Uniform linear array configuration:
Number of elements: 4
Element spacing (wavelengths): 0.5
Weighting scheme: blackman
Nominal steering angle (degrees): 30
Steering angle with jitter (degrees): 28.258
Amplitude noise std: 0.05
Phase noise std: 0.05

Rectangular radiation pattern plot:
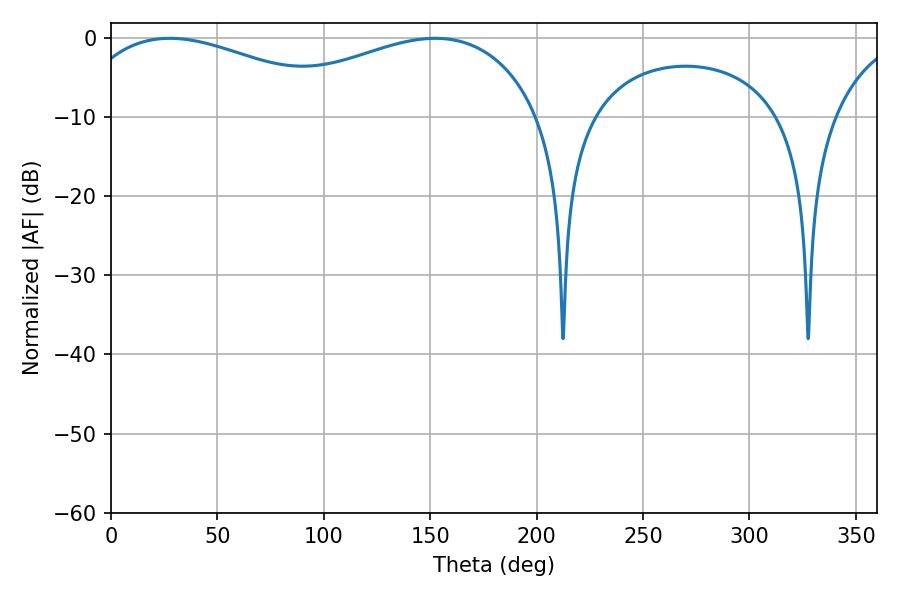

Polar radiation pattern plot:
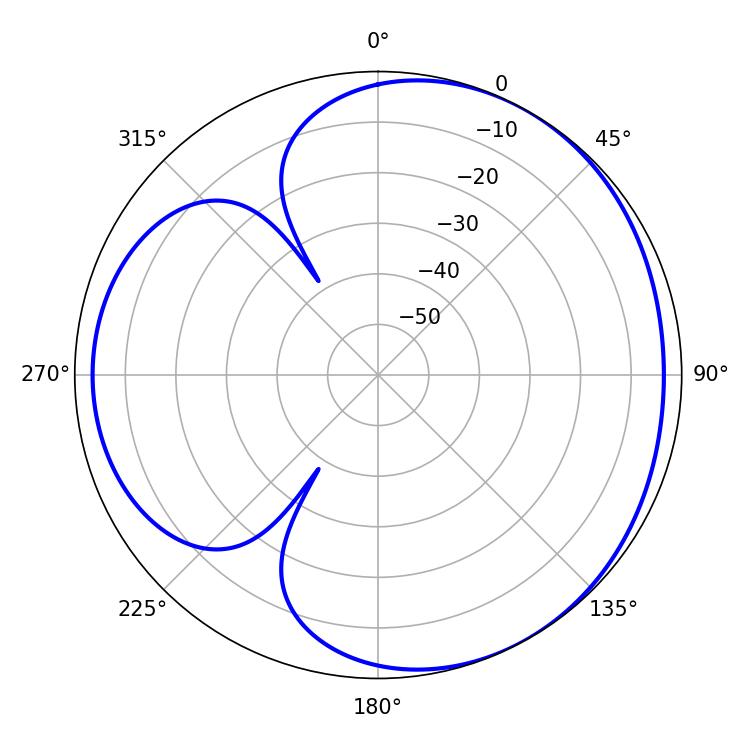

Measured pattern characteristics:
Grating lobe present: FALSE
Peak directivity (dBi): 3.525
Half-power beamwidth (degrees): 74.52
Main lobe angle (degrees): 27.72